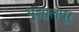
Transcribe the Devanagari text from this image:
भुआलपुर